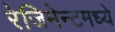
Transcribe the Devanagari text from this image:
रेजिमेन्टमध्ये